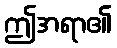
ဤအရာ၏